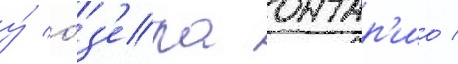
у́ о́з'ера онтар'ио /